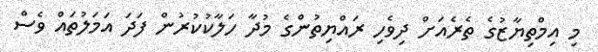
މި އިމްތިޔާޒުގެ ތެރެއަށް ދިވެހި ރައްޔިތުންގެ މުދާ ހަލާކުކުރުން ފަދަ އަމަލުތައް ވެސް